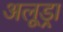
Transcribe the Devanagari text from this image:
अलूड्रा